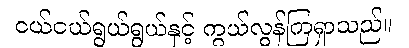
ငယ်ငယ်ရွယ်ရွယ်နှင့် ကွယ်လွန်ကြရှာသည်။